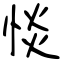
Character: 惔